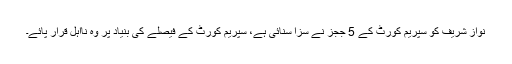
نواز شریف کو سپریم کورٹ کے 5 ججز نے سزا سنائی ہے، سپریم کورٹ کے فیصلے کی بنیاد پر وہ نااہل قرار پائے۔